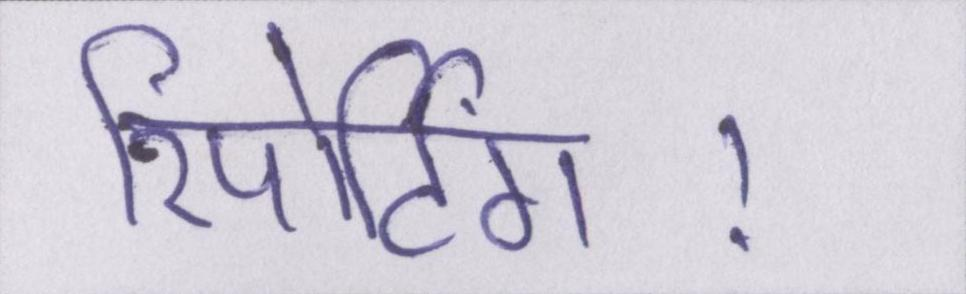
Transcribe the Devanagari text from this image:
रिपोर्टिंग।